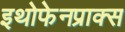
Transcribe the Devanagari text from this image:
इथोफेनप्राक्‍स